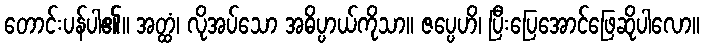
တောင်းပန်ပါ၏။ အတ္ထံ၊ လိုအပ်သော အဓိပ္ပာယ်ကိုသာ။ ဇပ္ပေဟိ၊ ပြီးပြေအောင်ဖြေဆိုပါလော။